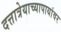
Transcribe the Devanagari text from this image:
दत्तात्रेयाच्यापायांवर